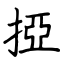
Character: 掗